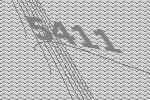
5411